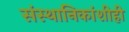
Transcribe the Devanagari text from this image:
संस्‍थानिकांशीही